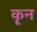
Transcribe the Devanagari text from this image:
कृन